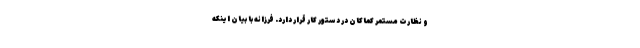
و نظارت مستمر کماکان در دستور کار قرار دارد. فرزانه با بیان اینکه